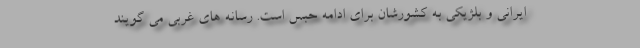
ایرانی و بلژیکی به کشورشان برای ادامه حبس است. رسانه های غربی می گویند